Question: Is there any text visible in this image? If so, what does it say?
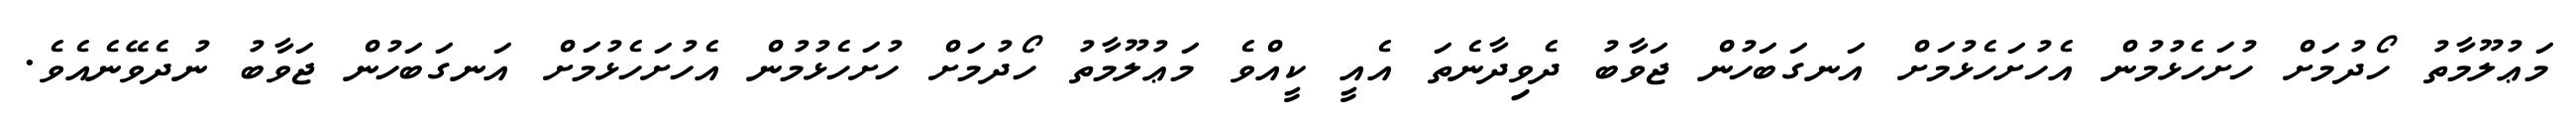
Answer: މަޢުލޫމާތު ހޯދުމަށް ހުށަހެޅުމުން އެހުށަހެޅުމަށް އަނގަބަހުން ޖަވާބު ދެވިދާނެތަ އެއީ ކީއްވެ މަޢުލޫމާތު ހޯދުމަށް ހުށަހެޅުމުން އެހުށަހެޅުމަށް އަނގަބަހުން ޖަވާބު ނުދެވޭނެއެވެ.